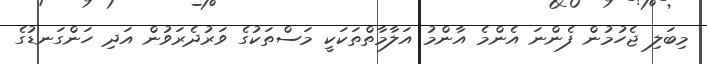
މިބަލި ޖެހުމުން ފެންނަ އެންމެ އާންމު އަލާމާތްތަކަކީ މަސްތަކުގެ ވަރުދެރަވުން އަދި ހަންގަނޑުގެ